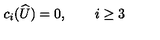
c _ { i } ( \widehat { U } ) = 0 , \qquad i \geq 3